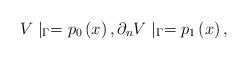
LaTeX: \begin{align*}V\mid _{\Gamma }=p_{0}\left( x\right) ,\partial _{n}V\mid _{\Gamma}=p_{1}\left( x\right) , \end{align*}